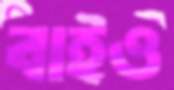
বাইও